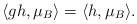
LaTeX: \begin{align*} \langle g h,\mu_{B}\rangle=\langle h,\mu_{B}\rangle.\end{align*}